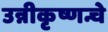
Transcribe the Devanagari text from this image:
उन्नीकृष्णन्चे